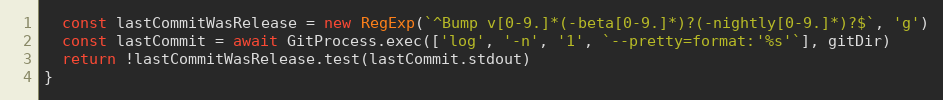
Language: JavaScript
  const lastCommitWasRelease = new RegExp(`^Bump v[0-9.]*(-beta[0-9.]*)?(-nightly[0-9.]*)?$`, 'g')
  const lastCommit = await GitProcess.exec(['log', '-n', '1', `--pretty=format:'%s'`], gitDir)
  return !lastCommitWasRelease.test(lastCommit.stdout)
}